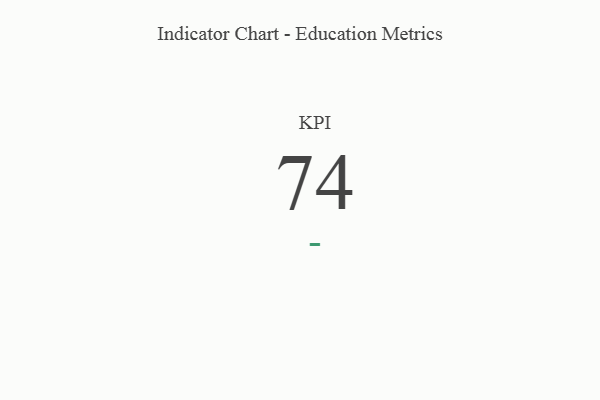
{"axis": {"x": "KPI", "y": "Value"}, "legend": [""], "data": [{"x": "KPI", "y": 74, "type": ""}]}